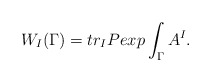
\begin{align*}W_{I}(\Gamma)=tr_{I}Pexp\int_{\Gamma}A^{I}.\end{align*}